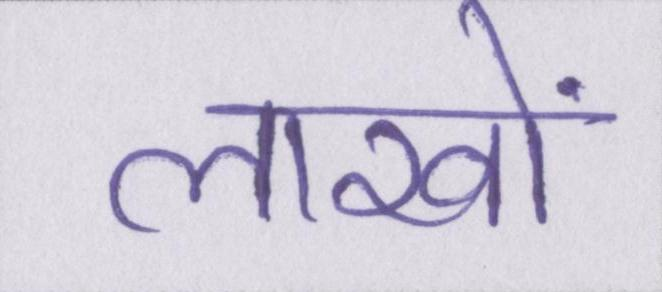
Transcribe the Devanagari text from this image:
लाखों